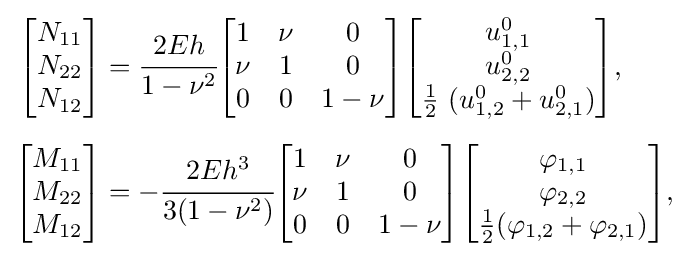
{\begin{aligned}{\begin{bmatrix}N_{11}\\N_{22}\\N_{12}\end{bmatrix}}&={\cfrac {2Eh}{1-\nu ^{2}}}{\begin{bmatrix}1&\nu &0\\\nu &1&0\\0&0&1-\nu \end{bmatrix}}{\begin{bmatrix}u_{1,1}^{0}\\u_{2,2}^{0}\\{\frac {1}{2}}~(u_{1,2}^{0}+u_{2,1}^{0})\end{bmatrix}},\\[5pt]{\begin{bmatrix}M_{11}\\M_{22}\\M_{12}\end{bmatrix}}&=-{\cfrac {2Eh^{3}}{3(1-\nu ^{2})}}{\begin{bmatrix}1&\nu &0\\\nu &1&0\\0&0&1-\nu \end{bmatrix}}{\begin{bmatrix}\varphi _{1,1}\\\varphi _{2,2}\\{\frac {1}{2}}(\varphi _{1,2}+\varphi _{2,1})\end{bmatrix}},\end{aligned}}